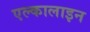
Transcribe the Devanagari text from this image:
एल्कालाइन